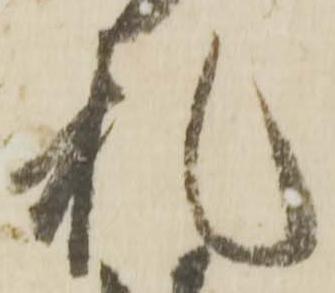
札